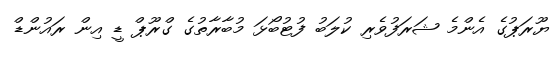
ޔޫރަޕުގެ އެންމެ ޝަރަފުވެރި ކުލަބު ފުޓުބޯޅަ މުބާރާތުގެ ގްރޫޕް ޑީ އިން ރައުންޑް